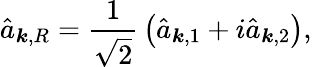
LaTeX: {\hat{a}}_{{\boldsymbol{k}},R}={\frac{1}{\sqrt{2}}}\left({\hat{a}}_{{\boldsymbol{k}},1}+i{\hat{a}}_{{\boldsymbol{k}},2}\right),